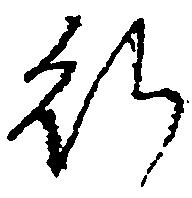
行